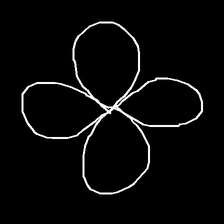
Glyph: billowing